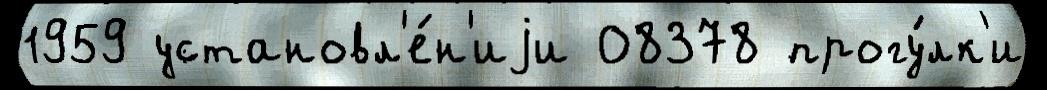
1959 установл'е́н'иjи 08378 прогу́лк'и